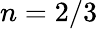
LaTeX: n=2/3